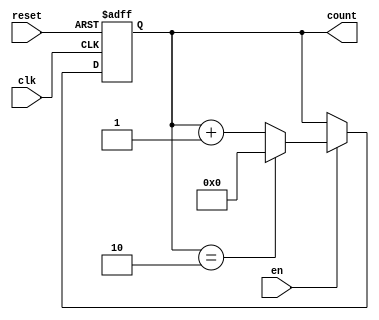
// Program that counts up to N with the ability to take an enable signal

// Copyright (C) 2023  OmarElfouly, iRustom, BavlyRemon, omaranwar1

// This program is free software; you can redistribute it and/or
// modify it under the terms of the GNU General Public License
// as published by the Free Software Foundation; either version 2
// of the License, or (at your option) any later version.

// This program is distributed in the hope that it will be useful,
// but WITHOUT ANY WARRANTY; without even the implied warranty of
// MERCHANTABILITY or FITNESS FOR A PARTICULAR PURPOSE.  See the
// GNU General Public License for more details.

// You should have received a copy of the GNU General Public License
// along with this program; if not, write to the Free Software
// Foundation, Inc., 51 Franklin Street, Fifth Floor, Boston, MA  02110-1301, USA.

module counterModN (clk,reset,en,count);

    parameter x=4, n=3;
    input clk;
    input reset;
    input en;
    output reg [x-1:0] count;

    //input clk, reset, en;
    //output reg [x-1:0] count; 

    always @(posedge clk or posedge reset) 
    begin
        if (reset)
        begin 
            count <= 0;
        end else if(en) 
        begin
            if(count == n-1)
            begin
                count <= 0;
            end else
            begin 
                count <= count + 1;
            end
        end
    end
    
endmodule